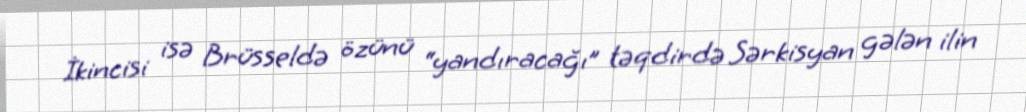
İkincisi isə Brüsseldə özünü “yandıracağı” təqdirdə Sərkisyan gələn ilin